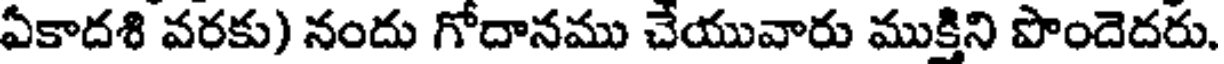
ఏకాదశి వరకు) నందు గోదానము చేయువారు ముక్తిని పొందెదరు.